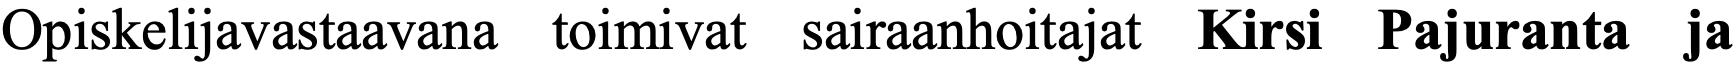
Opiskelijavastaavana toimivat sairaanhoitajat Kirsi Pajuranta ja